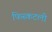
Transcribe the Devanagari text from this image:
फिस्कटली